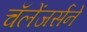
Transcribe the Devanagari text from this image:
चॅलेंजर्सने